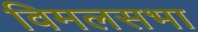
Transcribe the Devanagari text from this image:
विमलसभा